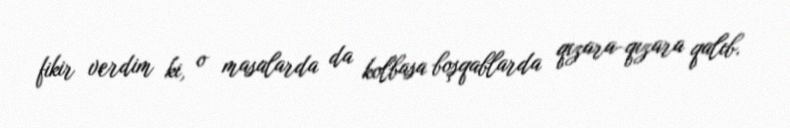
fikir verdim ki, o masalarda da kolbasa boşqablarda qızara-qızara qalıb.